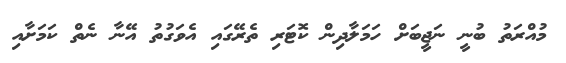
މުއްރަތު ބުނީ ނަޖީބަށް ހަމަލާދިން ކޮޓަރި ތެރޭގައި އެވަގުތު އޭނާ ނެތް ކަމަށާއި